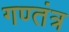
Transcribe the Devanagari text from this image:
गण्तंत्र